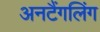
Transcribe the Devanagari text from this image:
अनटैंगलिंग